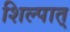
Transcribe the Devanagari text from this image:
शिल्पात्